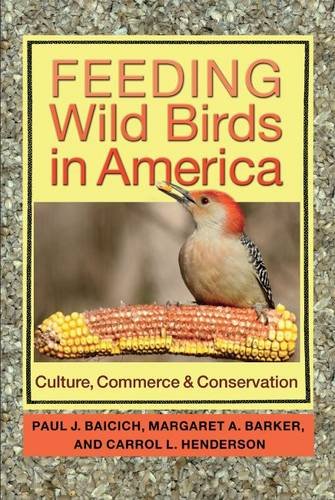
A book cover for Feeding Wild Birds in America: Culture, Commerce, and Conservation; Paul J. Baicich; Science & Math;